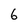
Character: 6